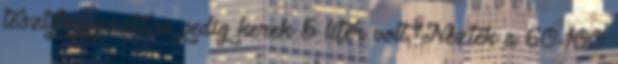
tesztfogyasztása pedig kerek 5 liter volt. Nézték a 60-100